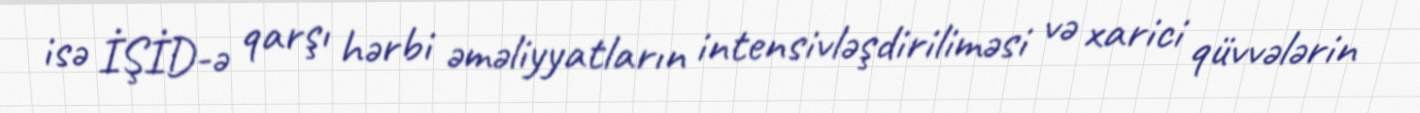
isə İŞİD-ə qarşı hərbi əməliyyatların intensivləşdiriliməsi və xarici qüvvələrin